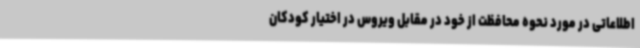
اطلاعاتی در مورد نحوه محافظت از خود در مقابل ویروس در اختیار کودکان